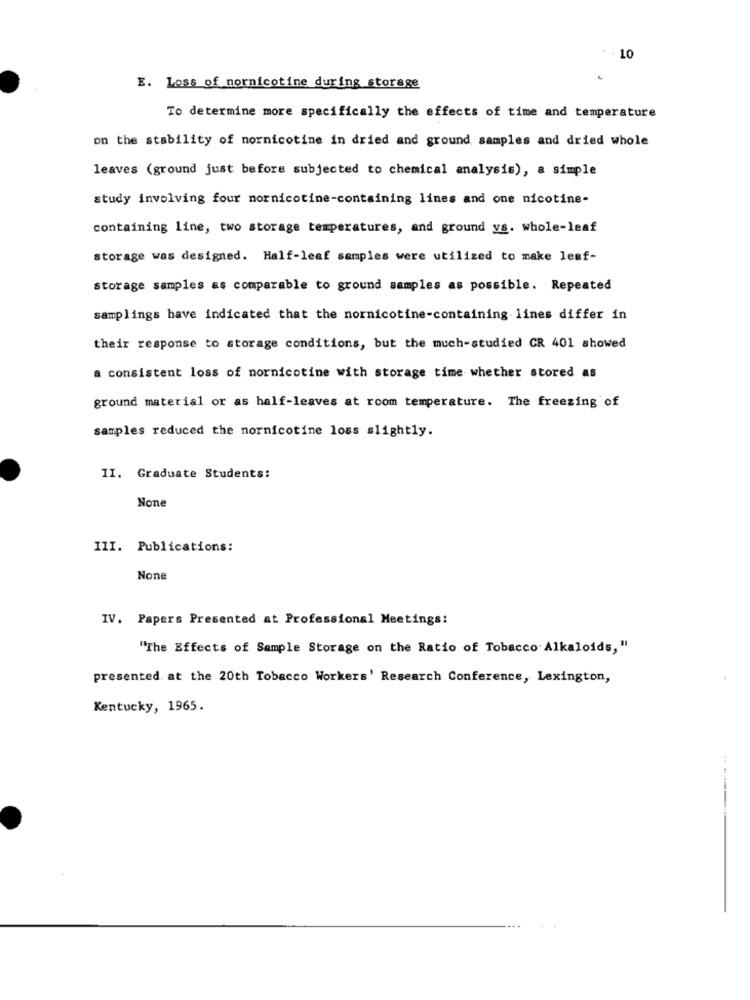
LO
E. Loss of nornicotine during storage
To determine more specifically the effects of time and temperature
on the stability of nornicotine in dried and ground samples and dried whole
leaves (ground just before subjected to chemical analysis), a simple
study involving four nornicotine-containing lines and one nicotine-
containing line, two storage temperatures, and ground vs. whole-leaf
storage was designed. Half-leaf samples were utilized to make leaf-
storage samples as comparable to ground samples as possible. Repeated
samplings have indicated that the nornicotine-containing lines differ in
their response to storage conditions, but the much-studied CR 401 showed
a consistent loss of nornicotine with storage time whether stored as
ground material or as half-leaves at room temperature. The freezing of
samples reduced the nornicotine loss slightly.
II. Graduate Students:
III. Publications:
IV. Papers Presented at Professional Meetings:
"The Effects of Sample Storage on the Ratio of Tobacco Alkaloids,"
presented at the 20th Tobacco Workers' Research Conference, Lexington,
Kentucky, 1965.